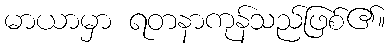
မာယာမှာ ရတနာကုန်သည်ဖြစ်၏။